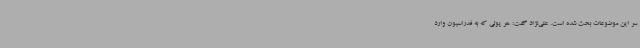
سر این موضوعات بحث شده است. علی‌نژاد گفت: هر پولی که به فدراسیون وارد